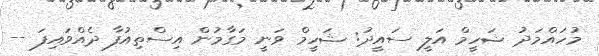
މުހައްމަދު ޝަހީމް އަލީ ސައީދު: ޝަހީމް ވަނީ މަގާމުން އިސްތިއުފާ ދެއްވައިފަ --